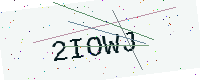
Text: 2IOWJ